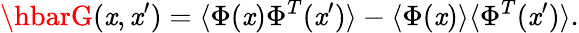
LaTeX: \hbarG(\mathit{x},\mathit{x}^{\prime})=\langle\Phi(\mathit{x})\Phi^{T}(\mathit{x}^{\prime})\rangle-\langle\Phi(\mathit{x})\rangle\langle\Phi^{T}(\mathit{x}^{\prime})\rangle.